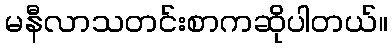
မနီလာသတင်းစာကဆိုပါတယ်။